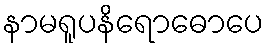
နာမရူပနိရောဓောပေ